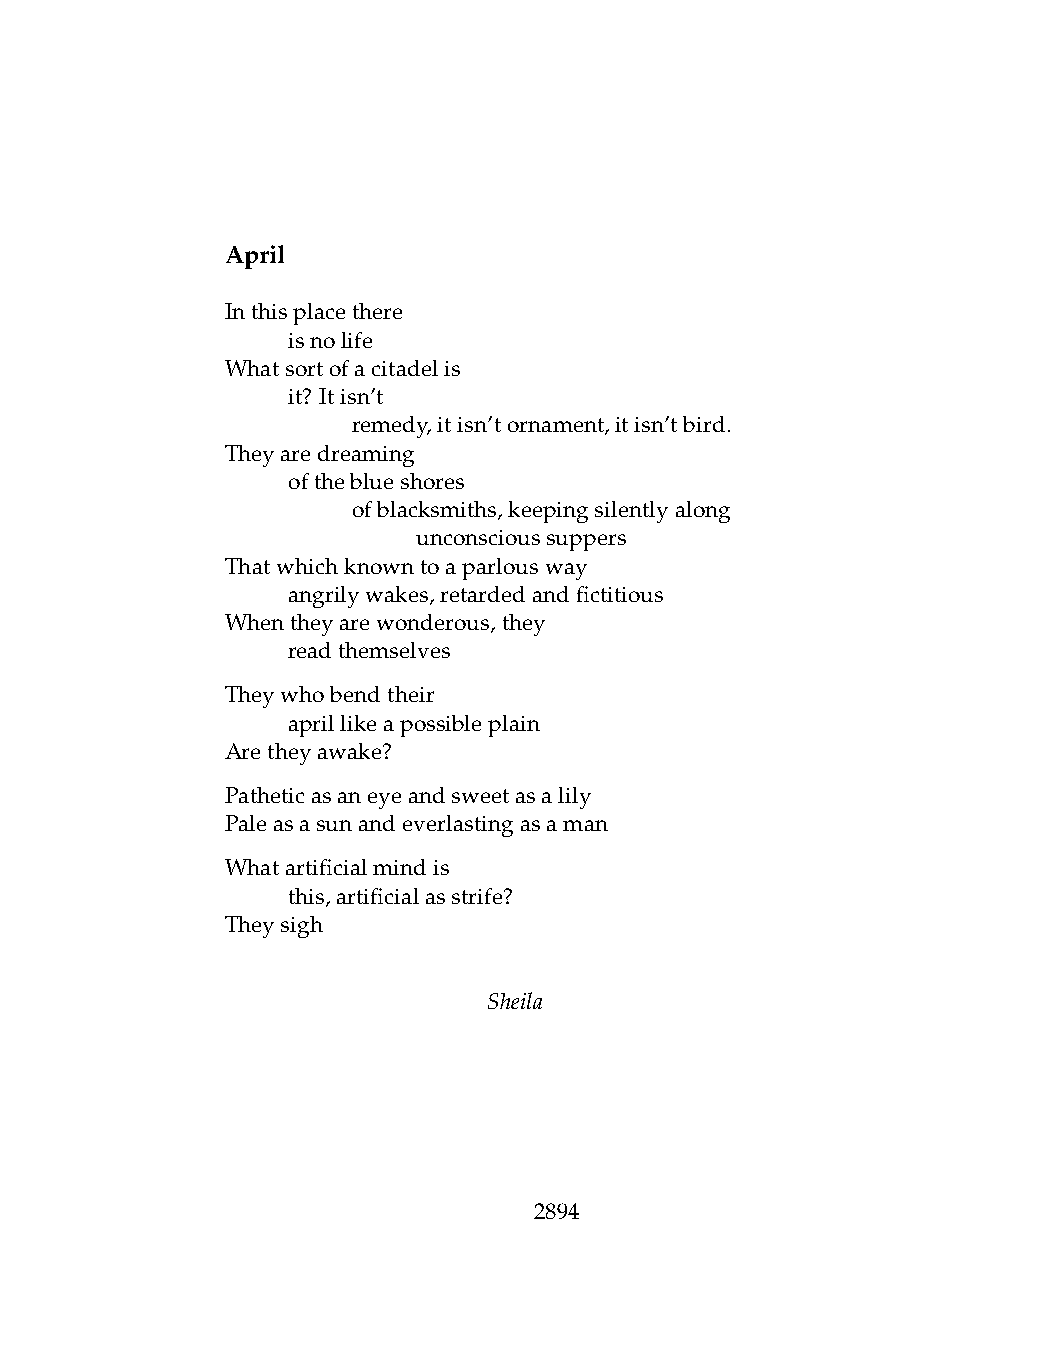
April
 Inthisplacethere
 .   isnolife
 Whatsortofacitadelis
 .   it? Itisn’t
 .   .   remedy,itisn’tornament,itisn’tbird.
 Theyaredreaming
 .   oftheblueshores
 .   .   ofblacksmiths,keepingsilentlyalong
 .   .   .    unconscioussuppers
 Thatwhichknowntoaparlousway
 .   angrilywakes,retardedandfictitious
 Whentheyarewonderous,they
 .   readthemselves
 Theywhobendtheir
 .   aprillikeapossibleplain
 Aretheyawake?
 Patheticasaneyeandsweetasalily
 Paleasasunandeverlastingasaman
 Whatartificialmindis
 .   this,artificialasstrife?
 Theysigh
 Sheila
 2894